V__Kingissepa_nim__kolhoos, lk 16
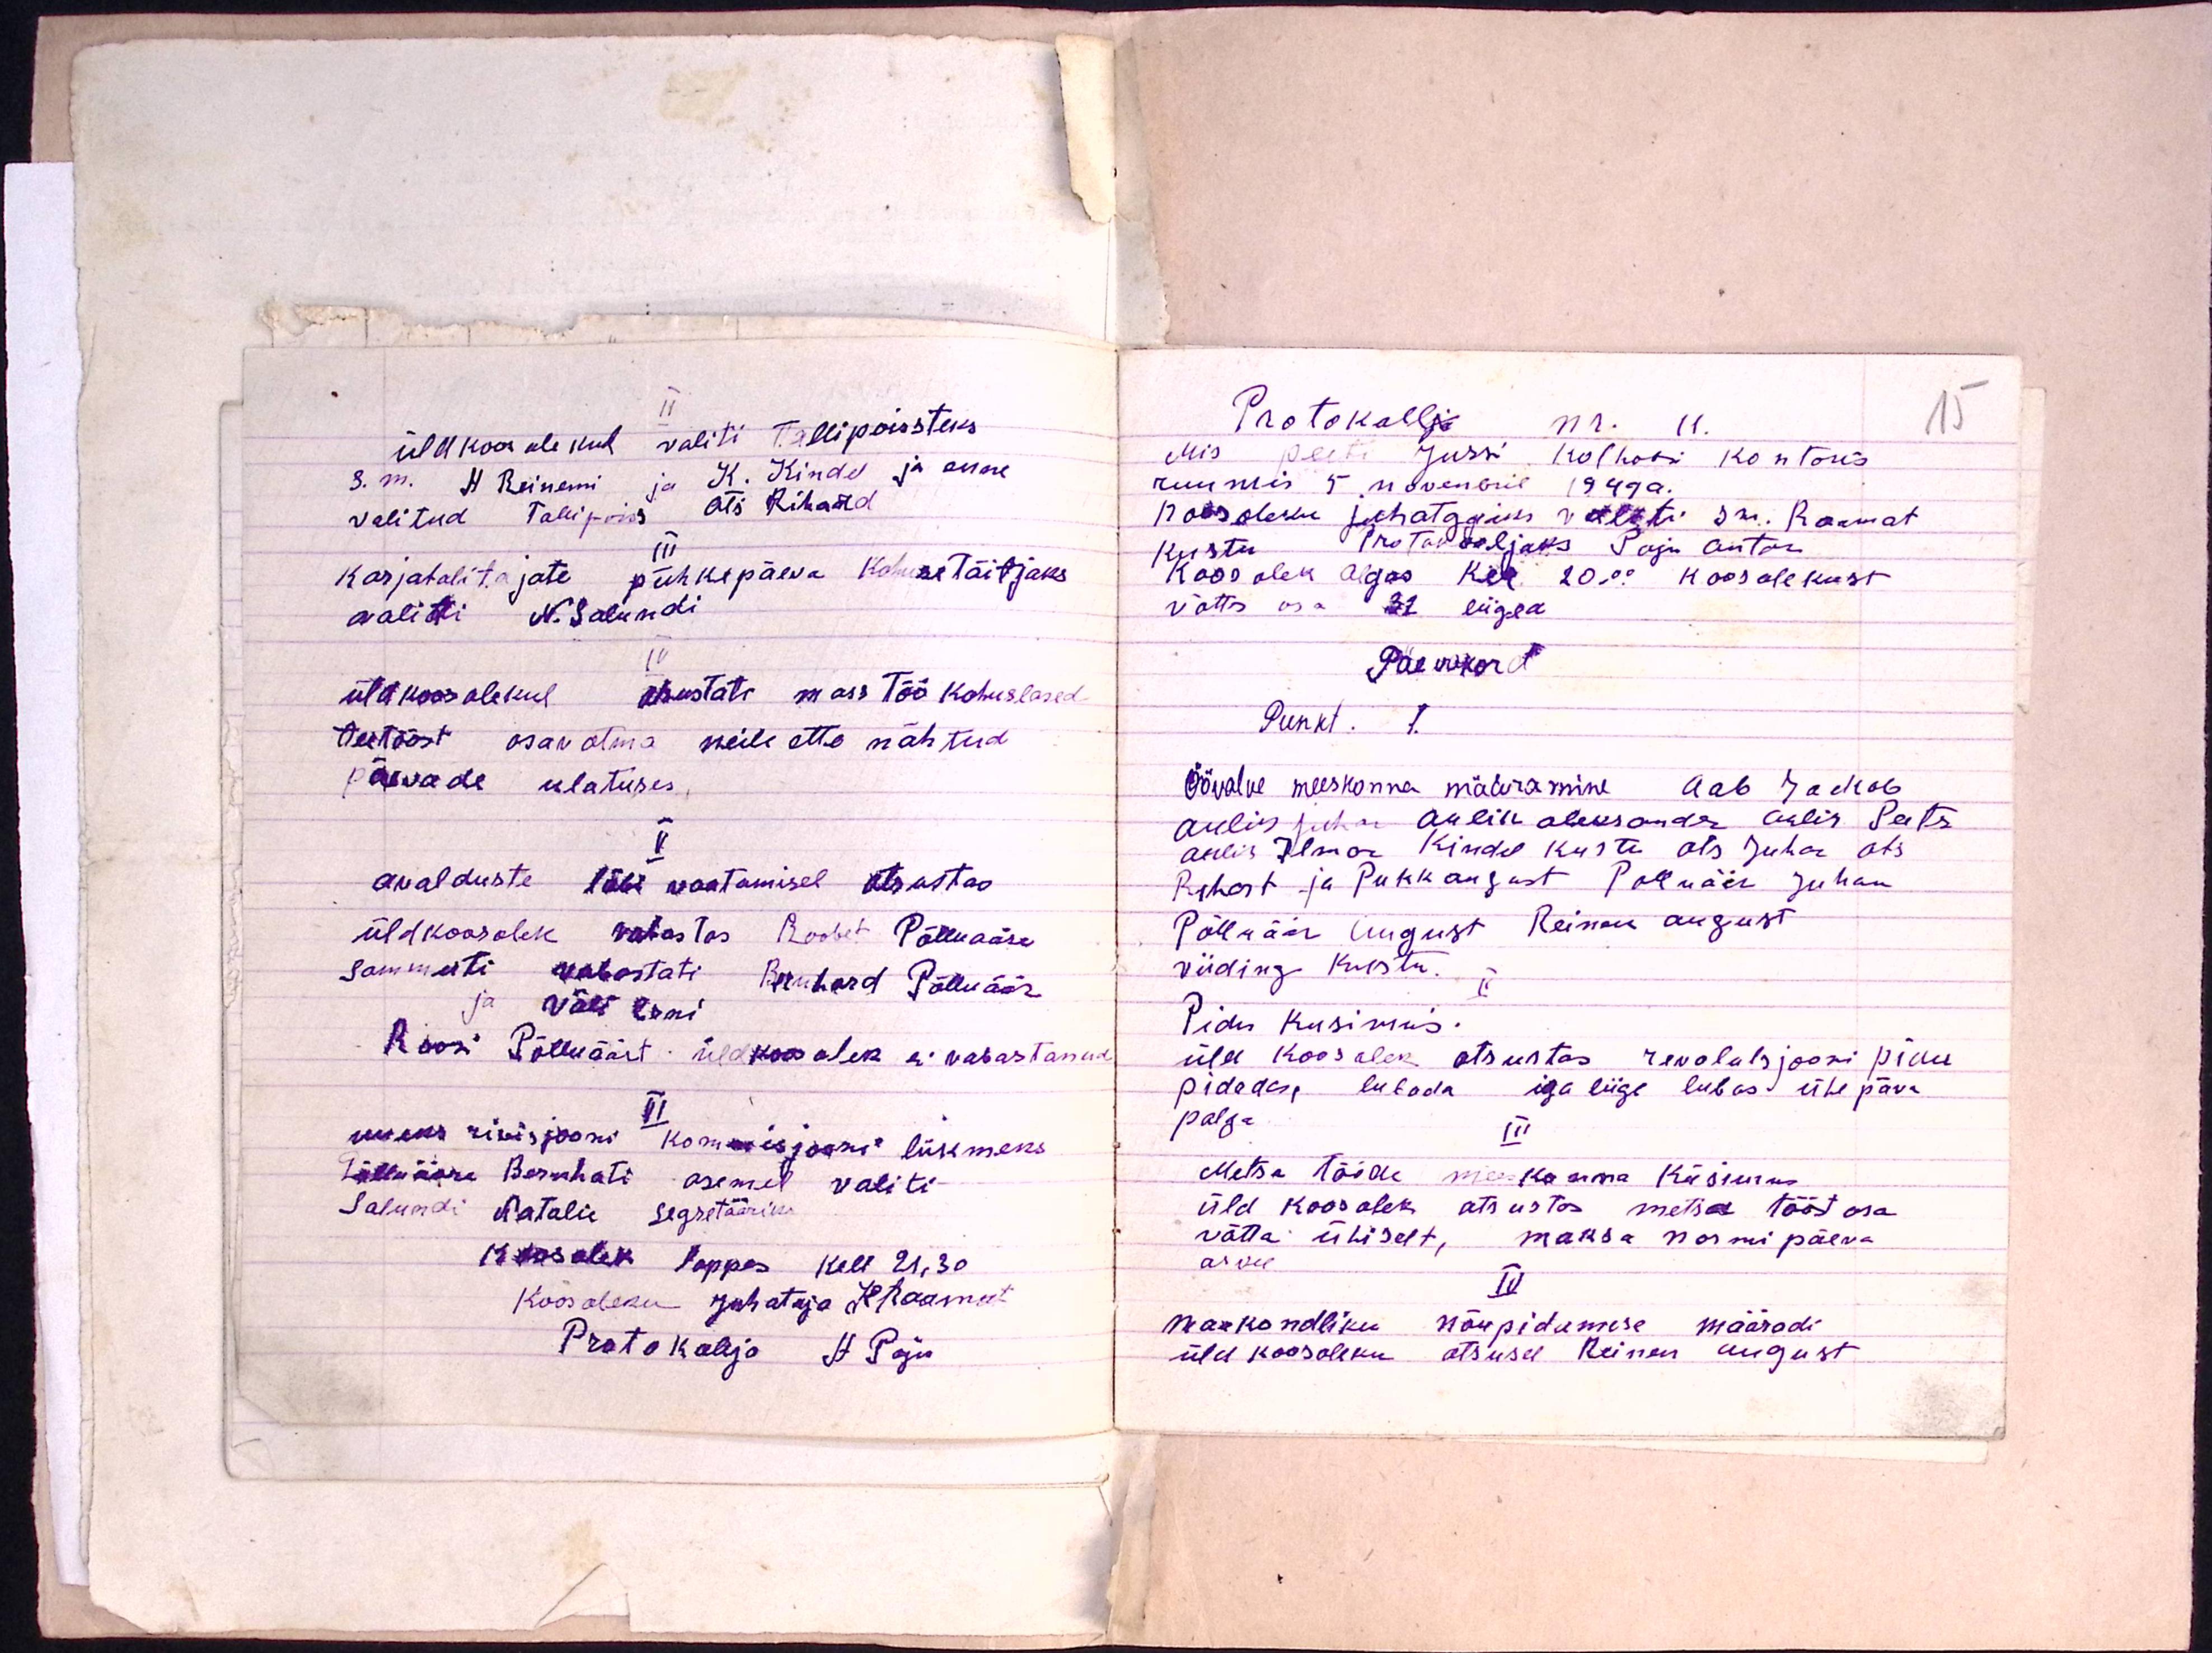
Üldkoosolekul valiti Tallipoissteks
s. m. H. Reinemi ja K. Kindel ja enne
valitud Tallipoiss Ats Rihard
III
Karjatalitajate puhkepäeva kohuse täitjaks
valiti N. Salundi
IV
üld koosolekul otustati mass töö kohuslased
teetööst osavõtma neile ette nähtud
päevade ulatuses.
V
avalduste läbi vaatamisel otsustas
üldkoosolek vabastas Roobet Põlluääre
sammuti vabastati Bernhard Põlluäär
ja Väli Erni
Roosi Põlluäärt üldkoosolek ei vabastanud
VI
uueks rivisjooni komisjoni liikmeks
Põlluääre Bernhati asemel valiti
Salundi Natalie segretääriks.
Koosolek loppes kell 21.30
Koosoleku juhataja K Raamat
Protokolija H. Paju

Protokollja nr. 11
15
Mis peeti Jursi kolhoosi kontoris
ruumis 5 novenbril 1949 a.
Koosoleku juhatajaks valiti sm. Raamat
Kustu Protokooljaks Paju Anton
Koosolek algas kel 20.00 koosolekust
võttis osa 31 liiged
Päevakord
Punkt. 1
Öövalve meeskonna määramine Aab Jackob
Aulis Juhan Aulis Aleksander Aulis Peets
Aulis Ilmar Kindel Kustu Ots Juhan Ots
Rihart ja Pukk August Polluäär Juhan
Põlläär August Reinau August
Viiding Kustu.
II
Pidu küsimus.
üld koosolek otsustas revolutsjooni pidu
pidada, lubada iga liige lubas. Ühe päva
palga.
III
Metsa tööde meeskonna küsimus
üld koosolek otsustas metsa tööst osa
võtta ühiselt, maksa normipäeva
arvu
IV
maakondliku nõupidamise määradi
üld koosoleku otsusel Reinen August